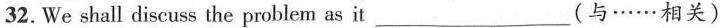
32.We shall discuss the problem as it ___(与……相关)